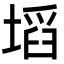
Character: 塪